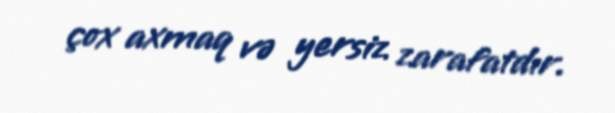
çox axmaq və yersiz zarafatdır.